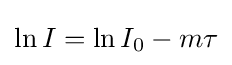
\ln I=\ln I_{0}-m\tau